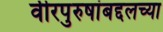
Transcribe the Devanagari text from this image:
वीरपुरुषांबद्दलच्या